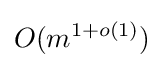
O(m^{1+o(1)})